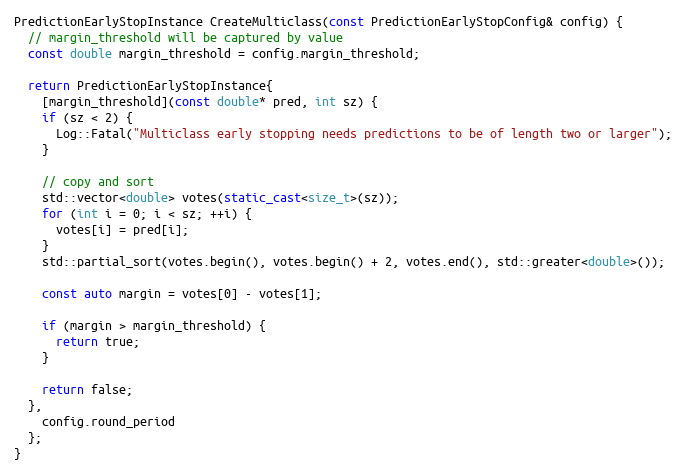
Language: C++
PredictionEarlyStopInstance CreateMulticlass(const PredictionEarlyStopConfig& config) {
  // margin_threshold will be captured by value
  const double margin_threshold = config.margin_threshold;

  return PredictionEarlyStopInstance{
    [margin_threshold](const double* pred, int sz) {
    if (sz < 2) {
      Log::Fatal("Multiclass early stopping needs predictions to be of length two or larger");
    }

    // copy and sort
    std::vector<double> votes(static_cast<size_t>(sz));
    for (int i = 0; i < sz; ++i) {
      votes[i] = pred[i];
    }
    std::partial_sort(votes.begin(), votes.begin() + 2, votes.end(), std::greater<double>());

    const auto margin = votes[0] - votes[1];

    if (margin > margin_threshold) {
      return true;
    }

    return false;
  },
    config.round_period
  };
}